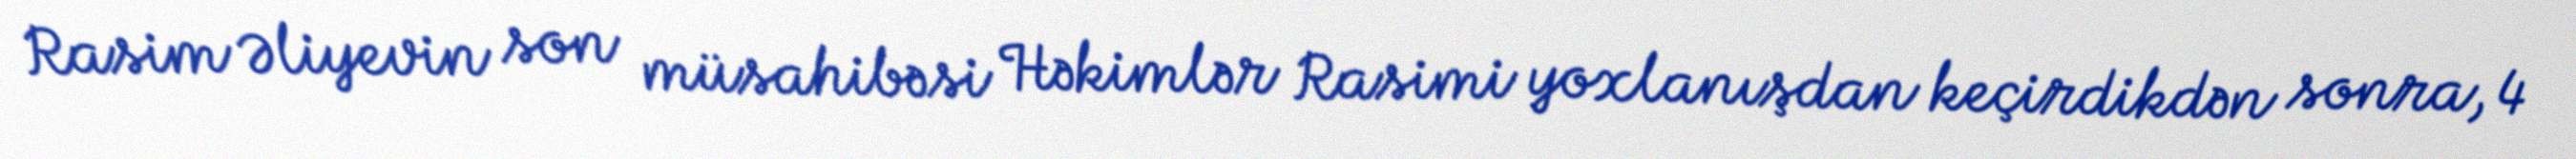
Rasim Əliyevin son müsahibəsi Həkimlər Rasimi yoxlanışdan keçirdikdən sonra, 4